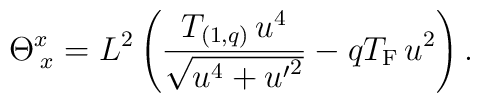
\Theta ^x_{\; x} =  L^2  \left(  {T_{(1,q)}\, u^{4} \over \sqrt{u^4+ {u^\prime}^2 }} - qT_{\rm F}\, u^2  \right) .